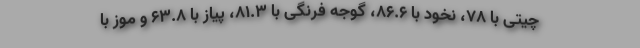
چیتی با ۷۸، نخود با ۸۶.۶، گوجه فرنگی با ۸۱.۳، پیاز با ۶۳.۸ و موز با